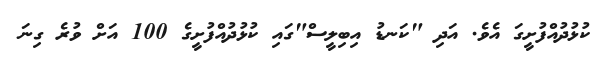
ކުޅުދުއްފުށީގަ އެވެ. އަދި "ކަނޑު އިބިލީސް"ގައި ކުޅުދުއްފުށީގެ 100 އަށް ވުރެ ގިނަ